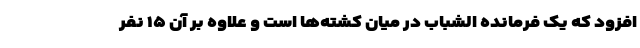
افزود که یک فرمانده الشباب در میان کشته‌ها است و علاوه بر آن ۱۵ نفر